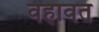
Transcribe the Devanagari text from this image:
वहावत